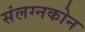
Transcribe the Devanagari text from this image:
संलग्नकोन